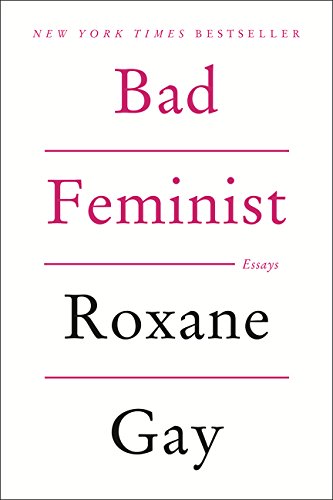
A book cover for Bad Feminist: Essays; Roxane Gay; Humor & Entertainment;